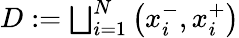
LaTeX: \begin{array}{r}{D:=\bigsqcup_{i=1}^{N}\left(x_{i}^{-},x_{i}^{+}\right)}\end{array}